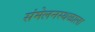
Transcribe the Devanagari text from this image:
संमेलनस्थळाला